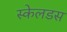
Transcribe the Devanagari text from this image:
स्केलडस